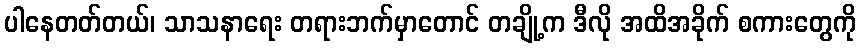
ပါနေတတ်တယ်၊ သာသနာရေး တရားဘက်မှာတောင် တချို့က ဒီလို အထိအခိုက် စကားတွေကို